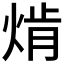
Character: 𱫗